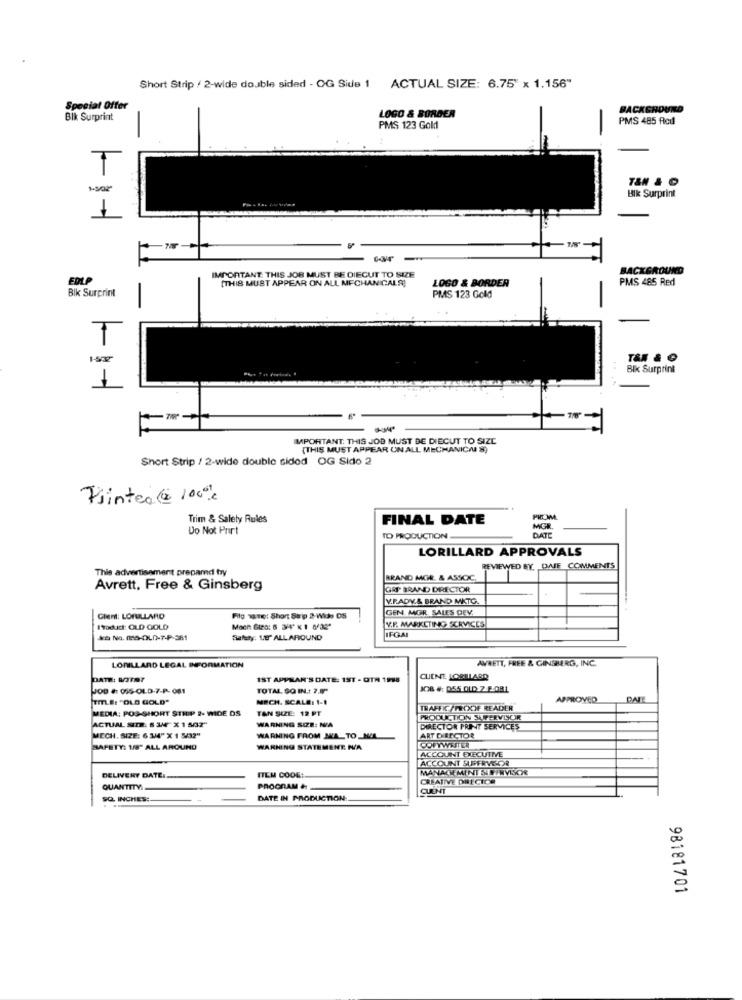
Short Strip / 2-wide double sided - OG Side 1 ACTUAL SIZE: 6.75" x 1.156"
Special Offer
BACKGROUND
Blk Surprint
-
LOGO & BORDER
PMS 485 Red
PMS 123 Gold
T
Blk Surprint
1
IMPORTANT: THIS JOB MUST BE DIECUT TO SIZE
BACKGROUND
EDLP
[THIS MUST APPEAR ON ALL MECHANICAL !!
LOGO & BORDER
PMS 485 Red
Blk Surprint
PMS 123 Gold
T
Blk Surprint
IMPORTANT: THIS JOB MUST BE DIECUT TO SIZE
{THIS MUST APPEAR UN ALL MECHANIC/ S)
Short Strip / 2-wide double sided OG Sido 2
Flinteo ( 10)
Trim & Safety Rules
FINAL DATE
PROMM
Do Not Print
MGR
TO PRODUCTION
DATE
LORILLARD APPROVALS
This advertisement prepamd try
REVIEWED BY DAJE COMMENTS
BRAND MOR & ASSOC.
Avrett, Free & Ginsberg
GRP BRAND DIRECTOR
V.R.ADY.& BRAND MKTO.
GEN MGR SALES DEV.
..
Glen: LORILLARD
File TT: Short Sup 2-Wide OS
I'Toduct: OLD GOLD
Mach Gizo: 6 344" K 1 633"
V.F. MARKETING SERVICES
IFGAI
Saluty. Er ALL AROUND
AVRETT, FREE & GINSBERG, INC.
LORILLARD LEGAL INFORMATION
DATE: MOTOT
IST APPEAR'S DATE: 1ST - QTR 1988
CHENE LOBILLARD
JOD #: 015-OLD-7-P- 081
TOTAL SO IN .: 7.5"
JO& #: 055 OLD 7 F-081
TITLE: "OLD GOLD"
MRCH. SCALE: 1-1
APPROVED
DATE
MEDIA: POS-SHORT STRIP 2- WIDE DS
TAN SIZE: 12 PT
TRAFFK /PROXYE READER
PRODUCTION SUPERVISOR
ACTUAL SIZE. 6 3AF X 1 507"
WARNING SIZE: N/A
DIRECTOR PRINT SERVICES
MECH. SIZE: 6 3/4" X 1 5432"
WARNING FROM JA_TO_HIL
ART DIRECTOR
COPYWRITER
SAFETY: 1/8" ALL AROUND
WARNING STATEMENT. N/A
ACCOUNT EXECUTIVE
ACCOUNT SUPERVEDR
ITEM CODE:
MANACI MINT SIE/RVISOR
DELIVERY DATE:
CREATIVE DIRECTOR
QUANTITY
PROGRAM &
CUENT
SQ. INCHES:
DATE IN PRODUCTION
98181701